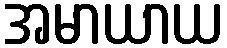
အမာယာယ